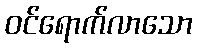
ဝင်ရောက်လာသော